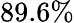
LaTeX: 89.6\%